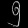
Digit: ၅